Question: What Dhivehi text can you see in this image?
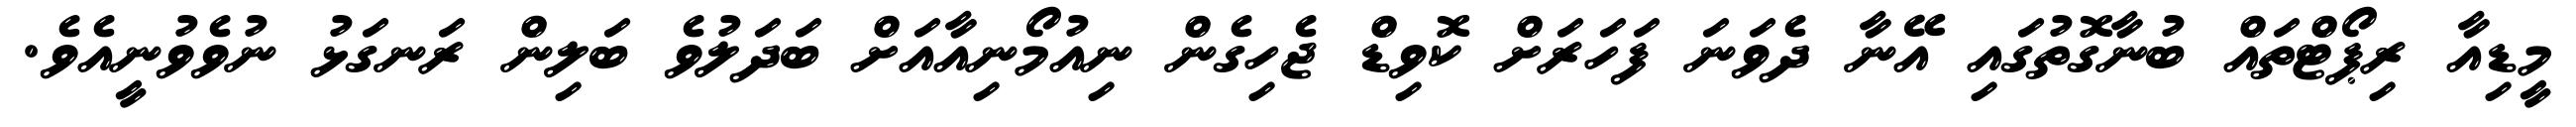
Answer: މީޑިއާ ރިޕޯޓްތައް ބުނާގޮތުގައި އޭނާ ދެވަނަ ފަހަރަށް ކޮވިޑް ޖެހިގެން ނިއުމޯނިއާއަށް ބަދަލުވެ ބަލިން ރަނގަޅު ނުވެވުނީއެވެ.